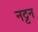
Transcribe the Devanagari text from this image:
नट्टन